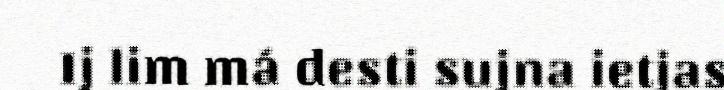
Ij lim má desti sujna ietjas